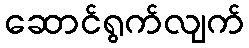
ဆောင်ရွက်လျက်